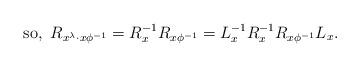
LaTeX: \begin{align*}\textrm{so},~R_{x^{\lambda }\cdot x\phi^{-1}} = R^{-1}_{x}R_{x\phi^{-1}} =L_{x}^{-1}R_{x}^{-1}R_{x\phi^{-1}}L_{x}.\end{align*}